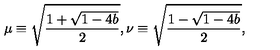
\mu \equiv \sqrt { \frac { 1 + \sqrt { 1 - 4 b } } { 2 } } , \nu \equiv \sqrt { \frac { 1 - \sqrt { 1 - 4 b } } { 2 } } ,